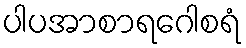
ပါပအာစာရဂေါစရံ